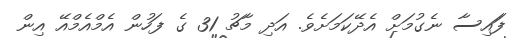
ފަައިސާ ނެގުމަށް އެދޭކަމަށެވެ. އަދި މާޗު 31 ގެ ފަހުން އެމްއެމްއޭ އިން